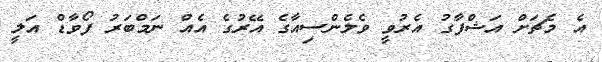
އެ މެޗަށް އަޝްފާގު އެރުވީ ވެލެންސިއާގެ އޭރުގެ އެއް ނަމްބަރު ފޯވާޑް އަލީ